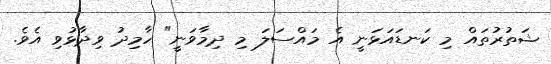
ޝަތުރުތައް މި ކަނޑައަޅަނީ އެ މައްސަލަ މި ދިމާވަނީ" ހާމިދު ވިދާޅުވި އެވެ.